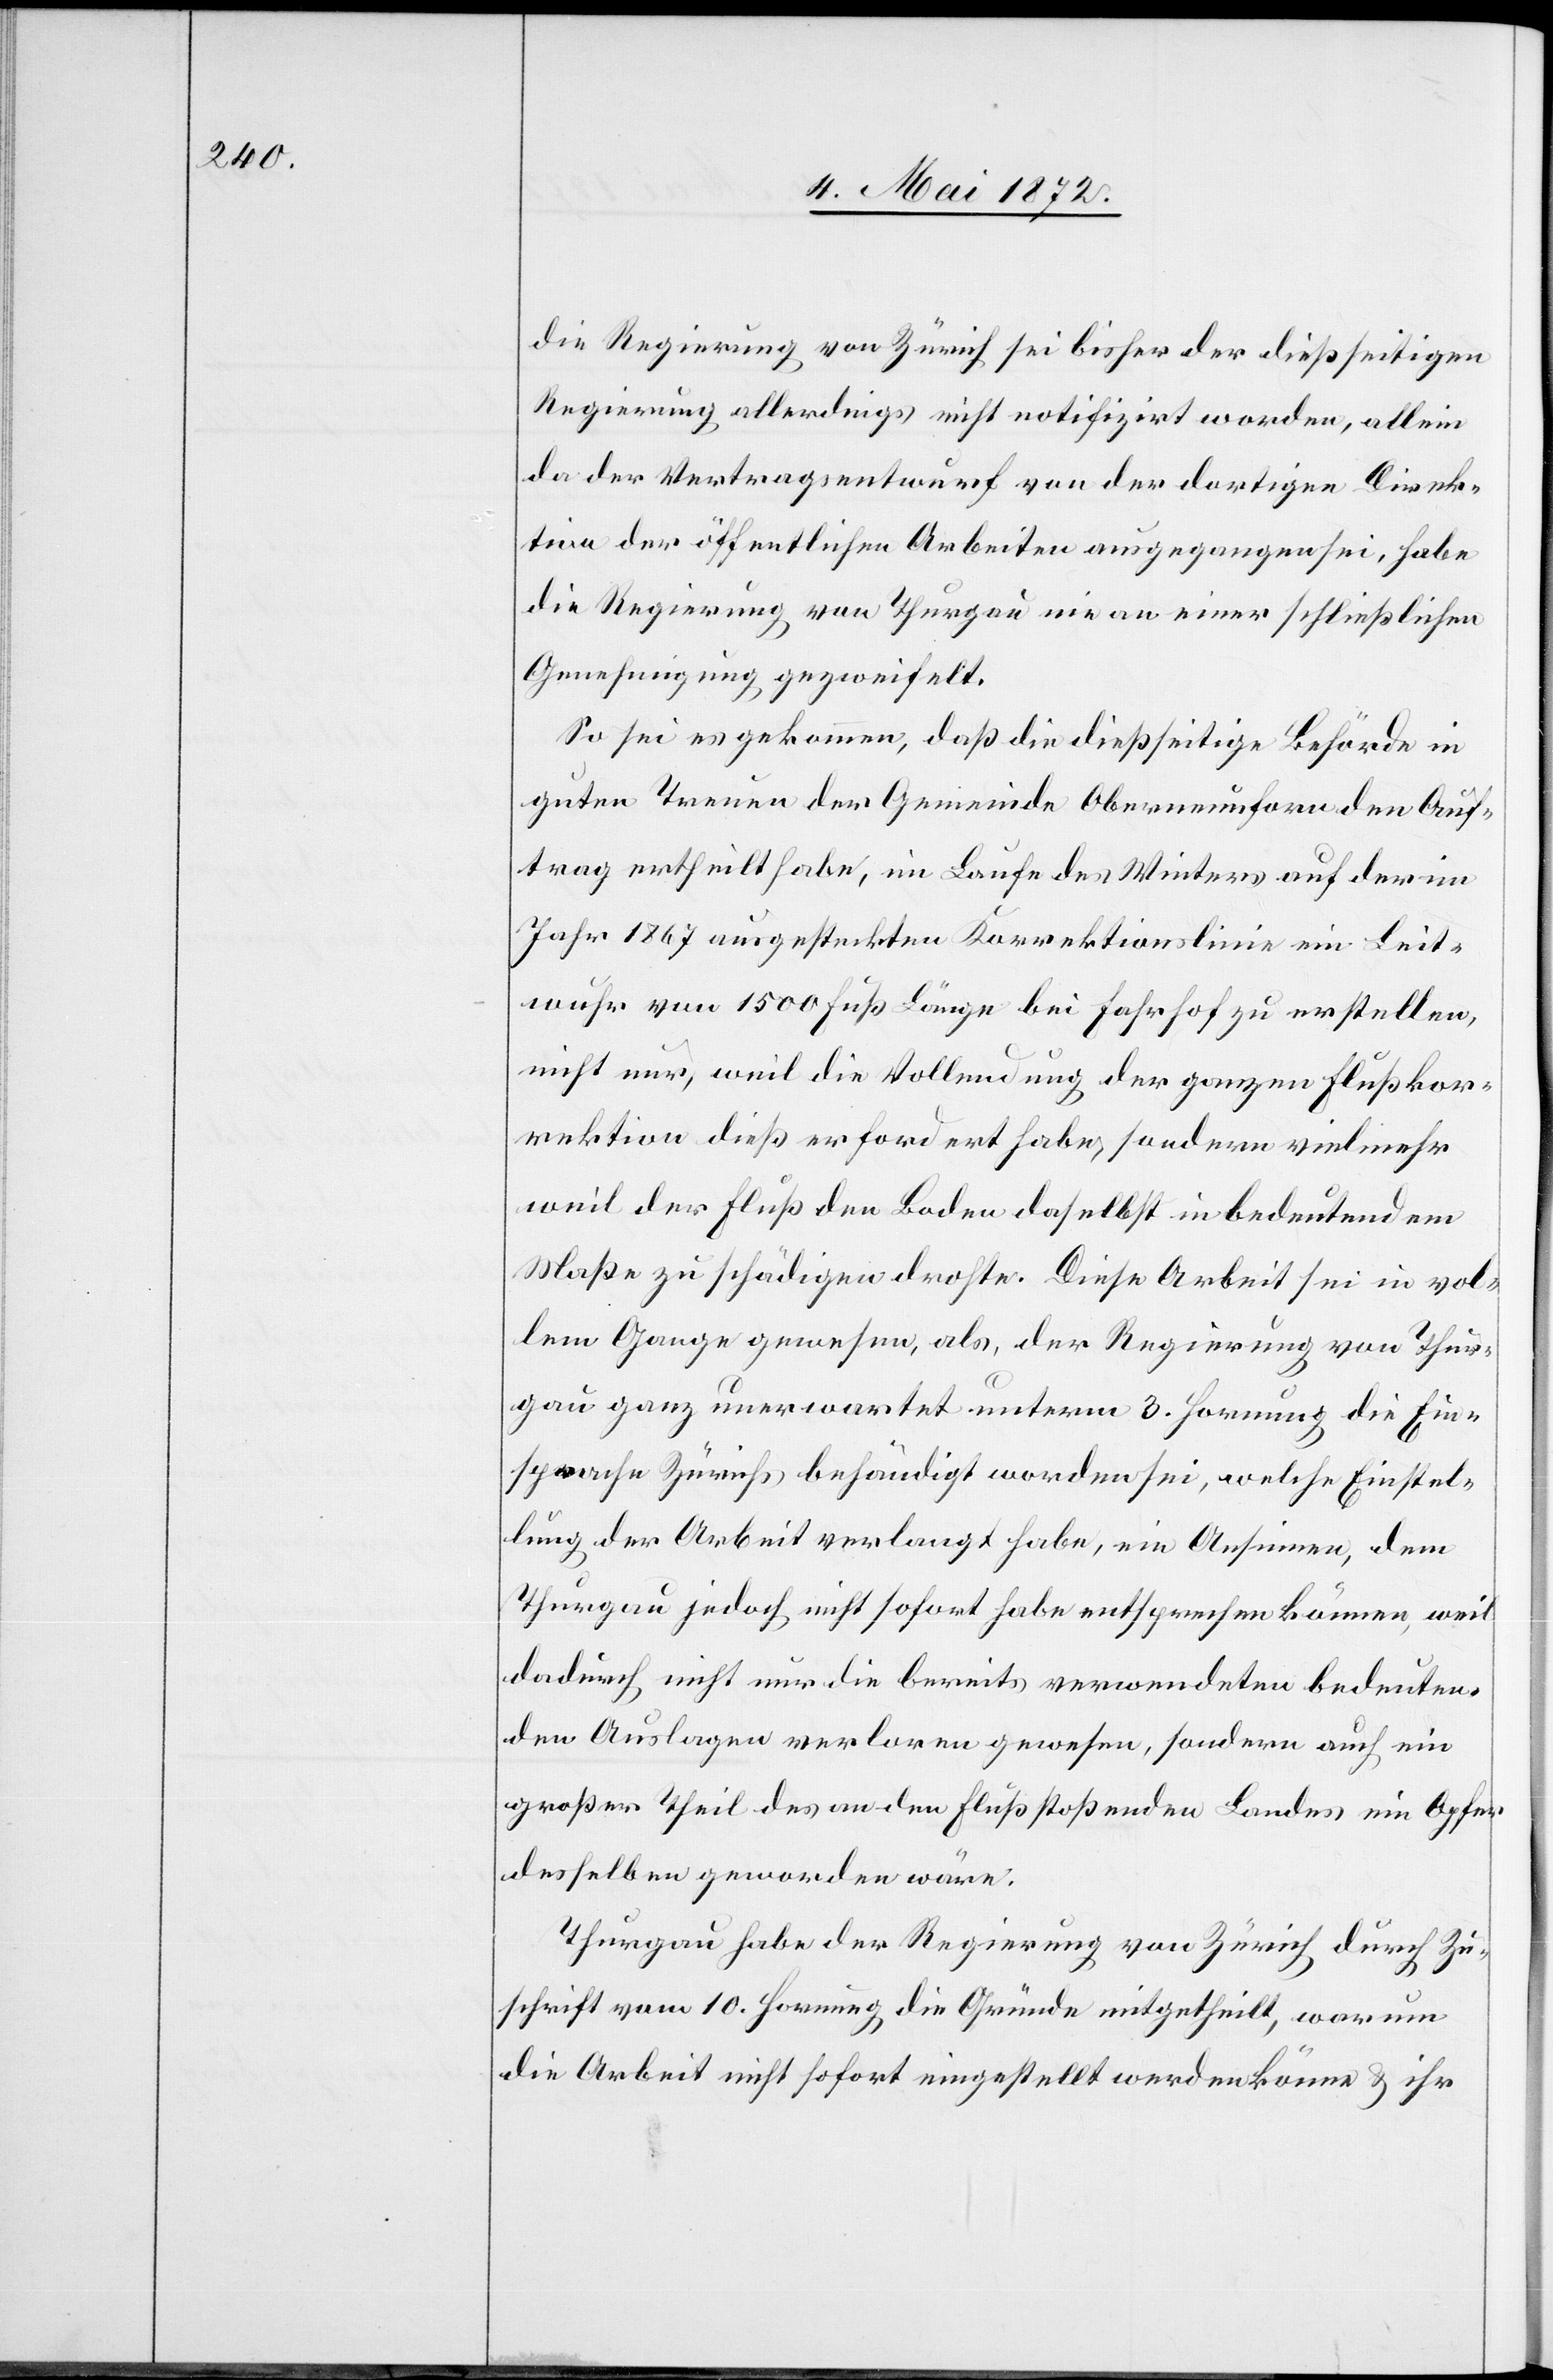
die Regierung von Zürich sei bisher der dießseitigen
Regierung allerdings nicht notifizirt worden, allein
da der Vertragsentwurf von der dortigen Direk¬
tion der öffentlichen Arbeiten ausgegangen sei, habe
die Regierung von Thurgau nie an einer schließlichen
Genehmigung gezweifelt.
So sei es gekommen, daß die dießseitige Behörde in
guten Treuen der Gemeinde Oberneunforn den Auf¬
trag ertheilt habe, im Laufe des Winters auf der im
Jahr 1867 ausgesteckten Korrektionslinie ein Leit¬
wuhr von 1500 Fuß Länge bei Fahrhof zu erstellen,
nicht nur, weil die Vollendung der ganzen Flußkor¬
rektion dieß erfordert habe, sondern vielmehr
weil der Fluß den Boden daselbst in bedeutendem
Maße zu schädigen drohte. Diese Arbeit sei in vol¬
lem Gange gewesen, als, der Regierung von Thur¬
gau ganz unerwartet unterm 3. Hornung die Ein¬
sprache Zürichs behändigt worden sei, welche Einstel¬
lung der Arbeit verlangt habe, ein Ansinnen, dem
Thurgau jedoch nicht sofort habe entsprechen können, weil
dadurch nicht nur die bereits verwendeten bedeuten¬
den Auslagen verloren gewesen, sondern auch ein
großer Theil des an den Fluß stoßenden Landes ein Opfer
desselben geworden wäre.
Thurgau habe der Regierung von Zürich durch Zu¬
schrift vom 10. Hornung die Gründe mitgetheilt, warum
die Arbeit nicht sofort eingestellt werden könne u. ihr